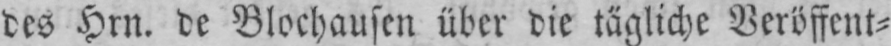
des Hrn. de Blochausen über die tägliche Veröffent⸗